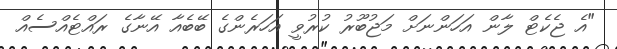
"އެ ޖެކެޓް ލާން އަހަންނަށް މަޖުބޫރު ކުރުވީ އަހަރެންގެ ބޭބެއާ އޭނާގެ ރައްޓެއްސެއް